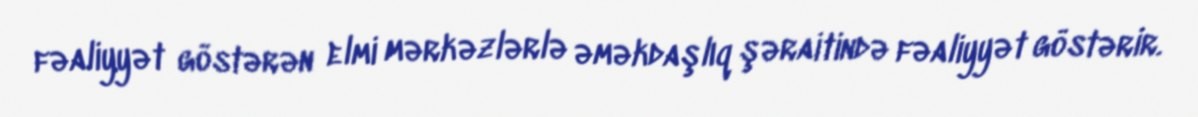
fəaliyyət göstərən elmi mərkəzlərlə əməkdaşlıq şəraitində fəaliyyət göstərir.